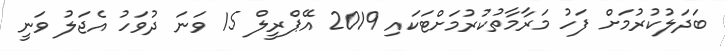
ބަދަލުކުރުމަށް ފަހު މަރާމާތުކުރުމަށްޓަކައި 2019 އޭޕްރީލް 15 ވަނަ ދުވަހު އެޖަލު ވަނީ